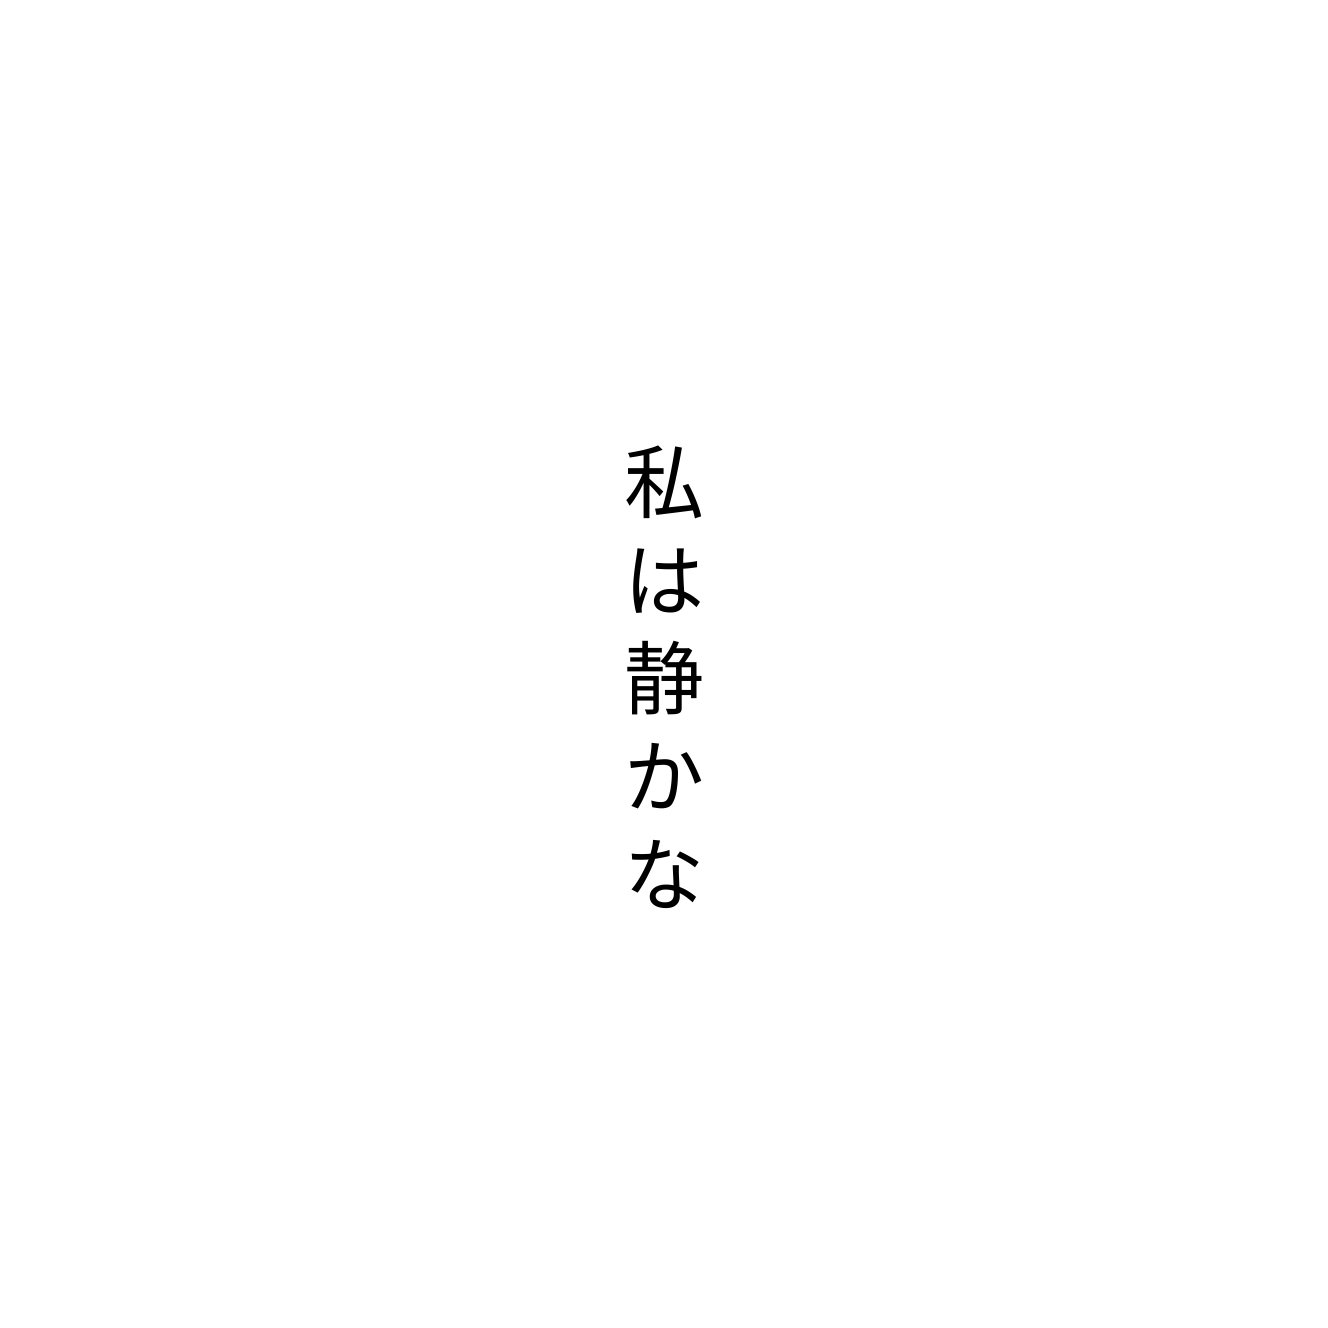
私は静かな